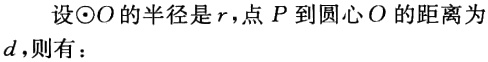
设\(\odot O\)的半径是\(r\)，点\(P\)到圆心\(O\)的距离为\(d\)，则有：